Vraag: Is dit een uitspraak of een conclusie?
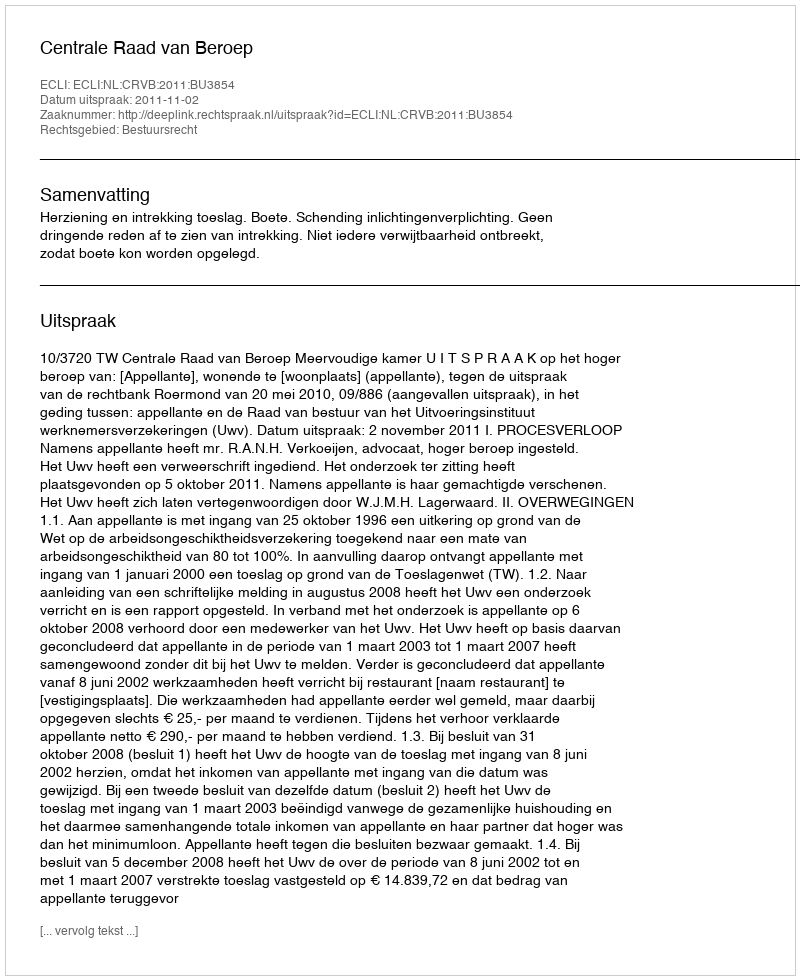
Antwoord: Uitspraak